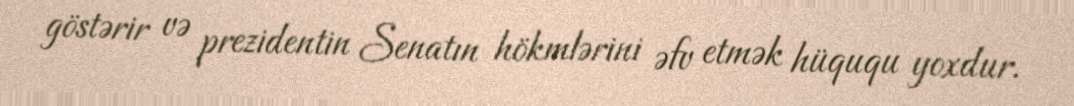
göstərir və prezidentin Senatın hökmlərini əfv etmək hüququ yoxdur.